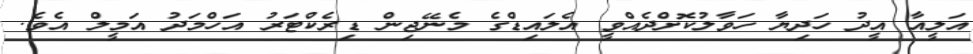
އަލީއާ އީދު ހަދިޔާ ހަވާލުކޮށްދެއްވީ އެލައިޑްގެ މެނޭޖިން ޑިރެކްޓަރު އަހްމަދު އަމީލް އެވެ.